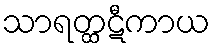
သာရတ္ထဋီကာယ